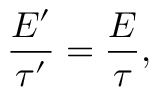
\frac { E ^ { \prime } } { \tau ^ { \prime } } = \frac { E } { \tau } ,